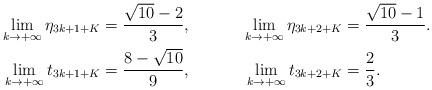
LaTeX: \begin{align*}\lim_{k \to + \infty} \eta_{3k+1+K} &= \frac{\sqrt{10}-2}{3}, &\lim_{k \to + \infty} \eta_{3k+2+K} &= \frac{\sqrt{10}-1}{3}. \\\lim_{k \to + \infty} t_{3k+1+K} &= \frac{8-\sqrt{10}}{9} , &\lim_{k \to + \infty} t_{3k+2+K} &= \frac 23.\end{align*}